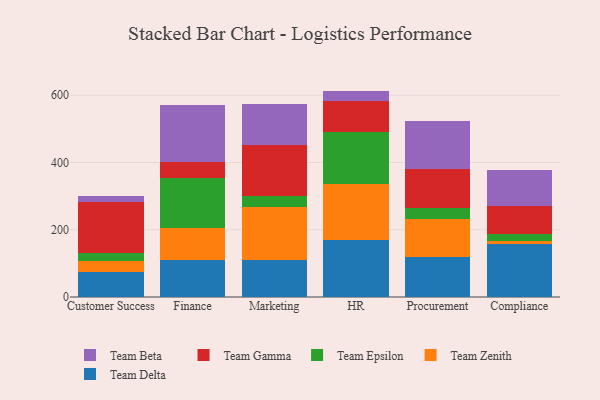
{"axis": {"x": "Department", "y": "Tickets Resolved"}, "legend": ["Team Beta", "Team Delta", "Team Epsilon", "Team Gamma", "Team Zenith"], "data": [{"x": "Customer Success", "y": 73.4, "type": "Team Delta"}, {"x": "Customer Success", "y": 33.1, "type": "Team Zenith"}, {"x": "Customer Success", "y": 25.2, "type": "Team Epsilon"}, {"x": "Customer Success", "y": 149.6, "type": "Team Gamma"}, {"x": "Customer Success", "y": 18.7, "type": "Team Beta"}, {"x": "Finance", "y": 109.2, "type": "Team Delta"}, {"x": "Finance", "y": 96.3, "type": "Team Zenith"}, {"x": "Finance", "y": 148.4, "type": "Team Epsilon"}, {"x": "Finance", "y": 48.1, "type": "Team Gamma"}, {"x": "Finance", "y": 168.4, "type": "Team Beta"}, {"x": "Marketing", "y": 109.5, "type": "Team Delta"}, {"x": "Marketing", "y": 159.3, "type": "Team Zenith"}, {"x": "Marketing", "y": 30.6, "type": "Team Epsilon"}, {"x": "Marketing", "y": 151.8, "type": "Team Gamma"}, {"x": "Marketing", "y": 123.9, "type": "Team Beta"}, {"x": "HR", "y": 169.0, "type": "Team Delta"}, {"x": "HR", "y": 167.1, "type": "Team Zenith"}, {"x": "HR", "y": 154.8, "type": "Team Epsilon"}, {"x": "HR", "y": 91.9, "type": "Team Gamma"}, {"x": "HR", "y": 30.3, "type": "Team Beta"}, {"x": "Procurement", "y": 117.9, "type": "Team Delta"}, {"x": "Procurement", "y": 114.3, "type": "Team Zenith"}, {"x": "Procurement", "y": 33.3, "type": "Team Epsilon"}, {"x": "Procurement", "y": 114.2, "type": "Team Gamma"}, {"x": "Procurement", "y": 142.3, "type": "Team Beta"}, {"x": "Compliance", "y": 157.0, "type": "Team Delta"}, {"x": "Compliance", "y": 11.0, "type": "Team Zenith"}, {"x": "Compliance", "y": 19.3, "type": "Team Epsilon"}, {"x": "Compliance", "y": 83.2, "type": "Team Gamma"}, {"x": "Compliance", "y": 106.4, "type": "Team Beta"}]}